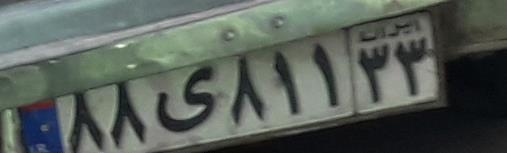
۸۸ی۸۱۱۳۳